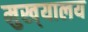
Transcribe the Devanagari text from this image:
मुख्‌यालय